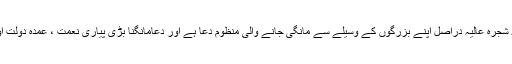
جیسا کہ ابھی گزرا کہ یہ شجرہ عالیہ دراصل اپنے بزرگوں کے وسیلے سے مانگی جانے والی منظوم دُعا ہے اور دُعامانگنا بڑی پیاری نعمت ، عمدہ دولت اور بہت بڑی سعادت ہے۔